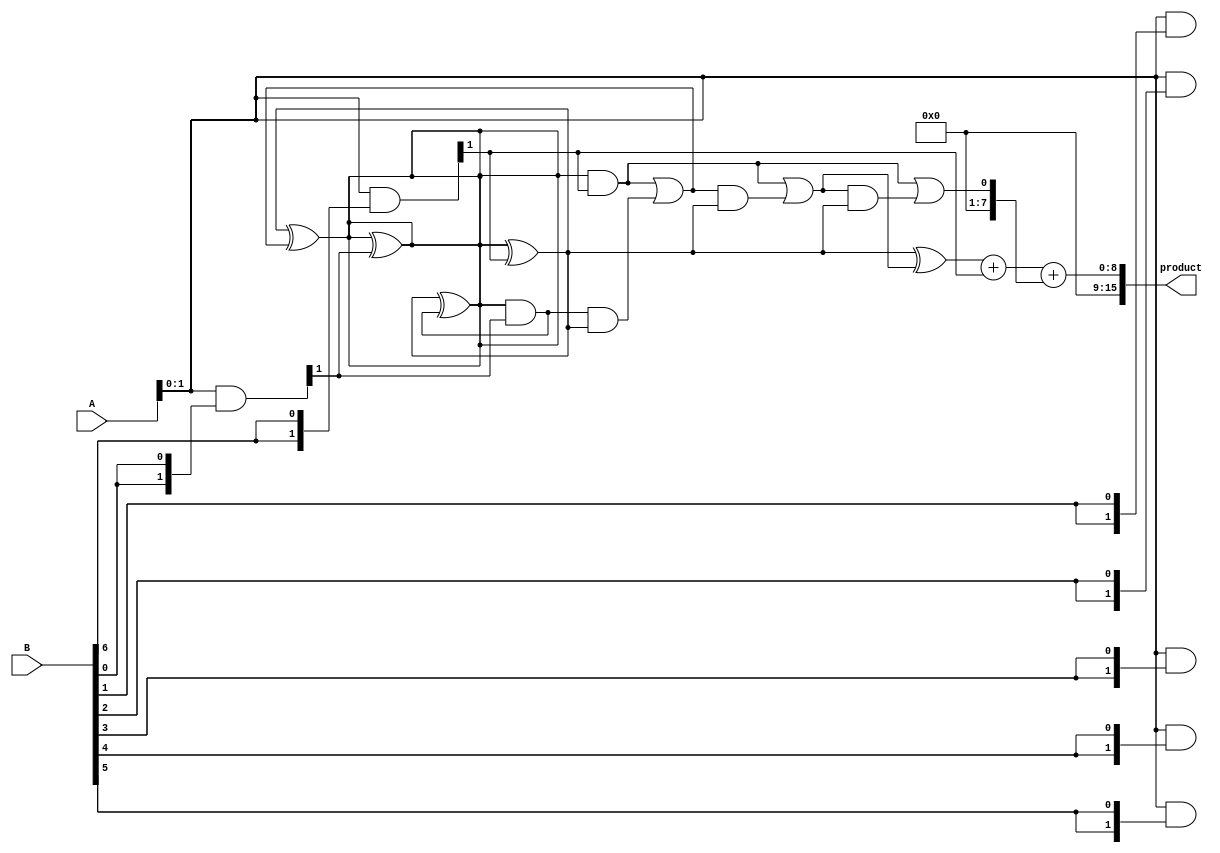
module wallace_tree_multiplier #(parameter N = 8) (
    input  wire [N-1:0] A,
    input  wire [N-1:0] B,
    output wire [2*N-1:0] product
);

    wire [N-1:0] partial_products [0:N-1];

    // Generate Partial Products
    genvar i;
    generate
        for (i = 0; i < N; i = i + 1) begin : partial_product_gen
            assign partial_products[i] = A & {N{B[i]}};
        end
    endgenerate

    // Wallace Tree Reduction
    wire [2*N-1:0] sum [0:N-1];
    wire [N-1:0] carry [0:N-1];
    
    // Initial stage of reduction
    genvar j, k;
    generate
        for (j = 0; j < N; j = j + 1) begin : reduction_stage_1
            for (k = 0; k < N; k = k + 1) begin : reduce
                if (j + k < N) begin
                    assign sum[j][k] = partial_products[j][k];
                end else begin
                    assign sum[j][k] = 0;
                end
            end
        end
    endgenerate

    // Wallace Tree Reduction Logic
    wire [N-1:0] h_a, h_b, f_a, f_b;

    // Full and Half Adder logic
    generate
        for (j = 0; j < N-1; j = j + 1) begin : wallace_reduction
            if (j < N/2) begin
                // Half Adder
                assign h_a = sum[j][0];
                assign h_b = sum[j][1];
                assign carry[j] = h_a & h_b;
                assign sum[j+1][0] = h_a ^ h_b;
            end
            else begin
                // Full Adder
                assign f_a = sum[j][0];
                assign f_b = sum[j][1];
                assign carry[j] = (f_a & f_b) | (carry[j-1] & (f_a ^ f_b));
                assign sum[j+1][0] = f_a ^ f_b ^ carry[j-1];
            end
        end
    endgenerate

    // Final Addition
    wire [2*N-1:0] final_sum;
    wire [2*N-1:0] final_carry;

    assign final_sum = {1'b0, sum[N-1][0]} + {1'b0, sum[N-2][1]} + {1'b0, carry[N-2]};

    // Output Product
    assign product = final_sum;

endmodule